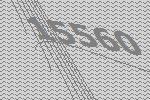
15560